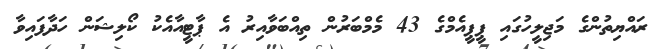
ރައްޔިތުންގެ މަޖިލީހުގައި ޕީޕީއެމްގެ 43 މެމްބަރުން ތިއްބަވާއިރު އެ ޕާޓީއާއެކު ކޯލިޝަން ހަދާފައިވާ